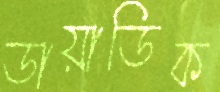
ডায়াডিক